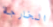
الخارجة